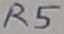
Text: R5